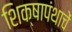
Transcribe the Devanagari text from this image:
शिक्षापंथाचें